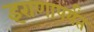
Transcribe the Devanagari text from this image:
इराणापर्यंत